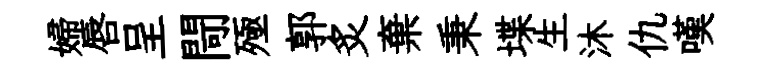
婦唇呈閜殛郭炙棄秉堞生沐仇嘆